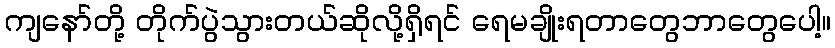
ကျနော်တို့ တိုက်ပွဲသွားတယ်ဆိုလို့ရှိရင် ရေမချိုးရတာတွေဘာတွေပေါ့။